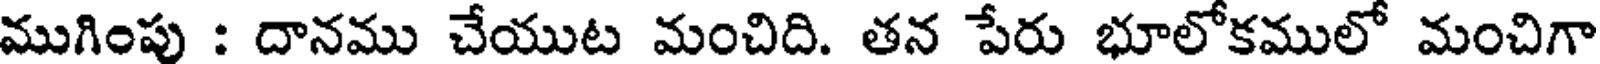
ముగింపు : దానము చేయుట మంచిది. తన పేరు భూలోకములో మంచిగా